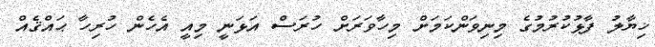
ޚިޔާލު ފާޅުކުރުމުގެ މިނިވަންކަމަށް މިހާވަރަށް ހުރަސް އަޅަނީ މިއީ އެހެން ހުރިހާ ޙައްޤެއް